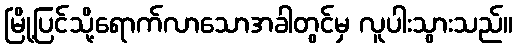
မြို့ပြင်သို့ရောက်လာသောအခါတွင်မှ လူပါးသွားသည်။